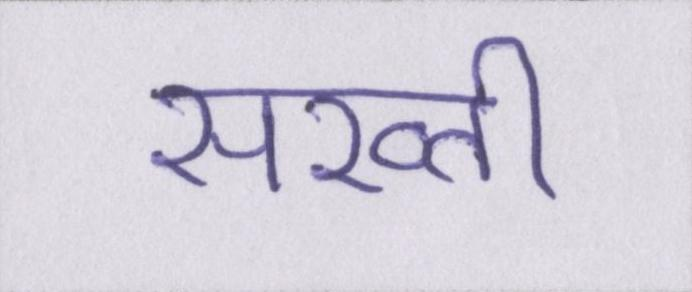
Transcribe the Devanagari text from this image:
सख्ती